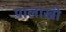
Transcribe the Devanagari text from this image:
पालाखी